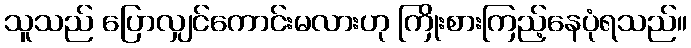
သူသည် ပြောလျှင်ကောင်းမလားဟု ကြိုးစားကြည့်နေပုံရသည်။